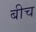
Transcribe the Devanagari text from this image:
बीच